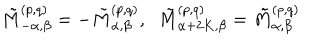
\tilde { M } _ { - \alpha , \beta } ^ { ( p , q ) } = - \tilde { M } _ { \alpha , \beta } ^ { ( p , q ) } , \; \; \tilde { M } _ { \alpha + 2 K , \beta } ^ { ( p , q ) } = \tilde { M } _ { \alpha , \beta } ^ { ( p , q ) }